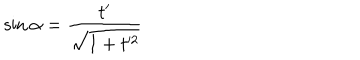
\sin \alpha = \frac { t ^ { \prime } } { \sqrt { 1 + t ^ { \prime 2 } } }